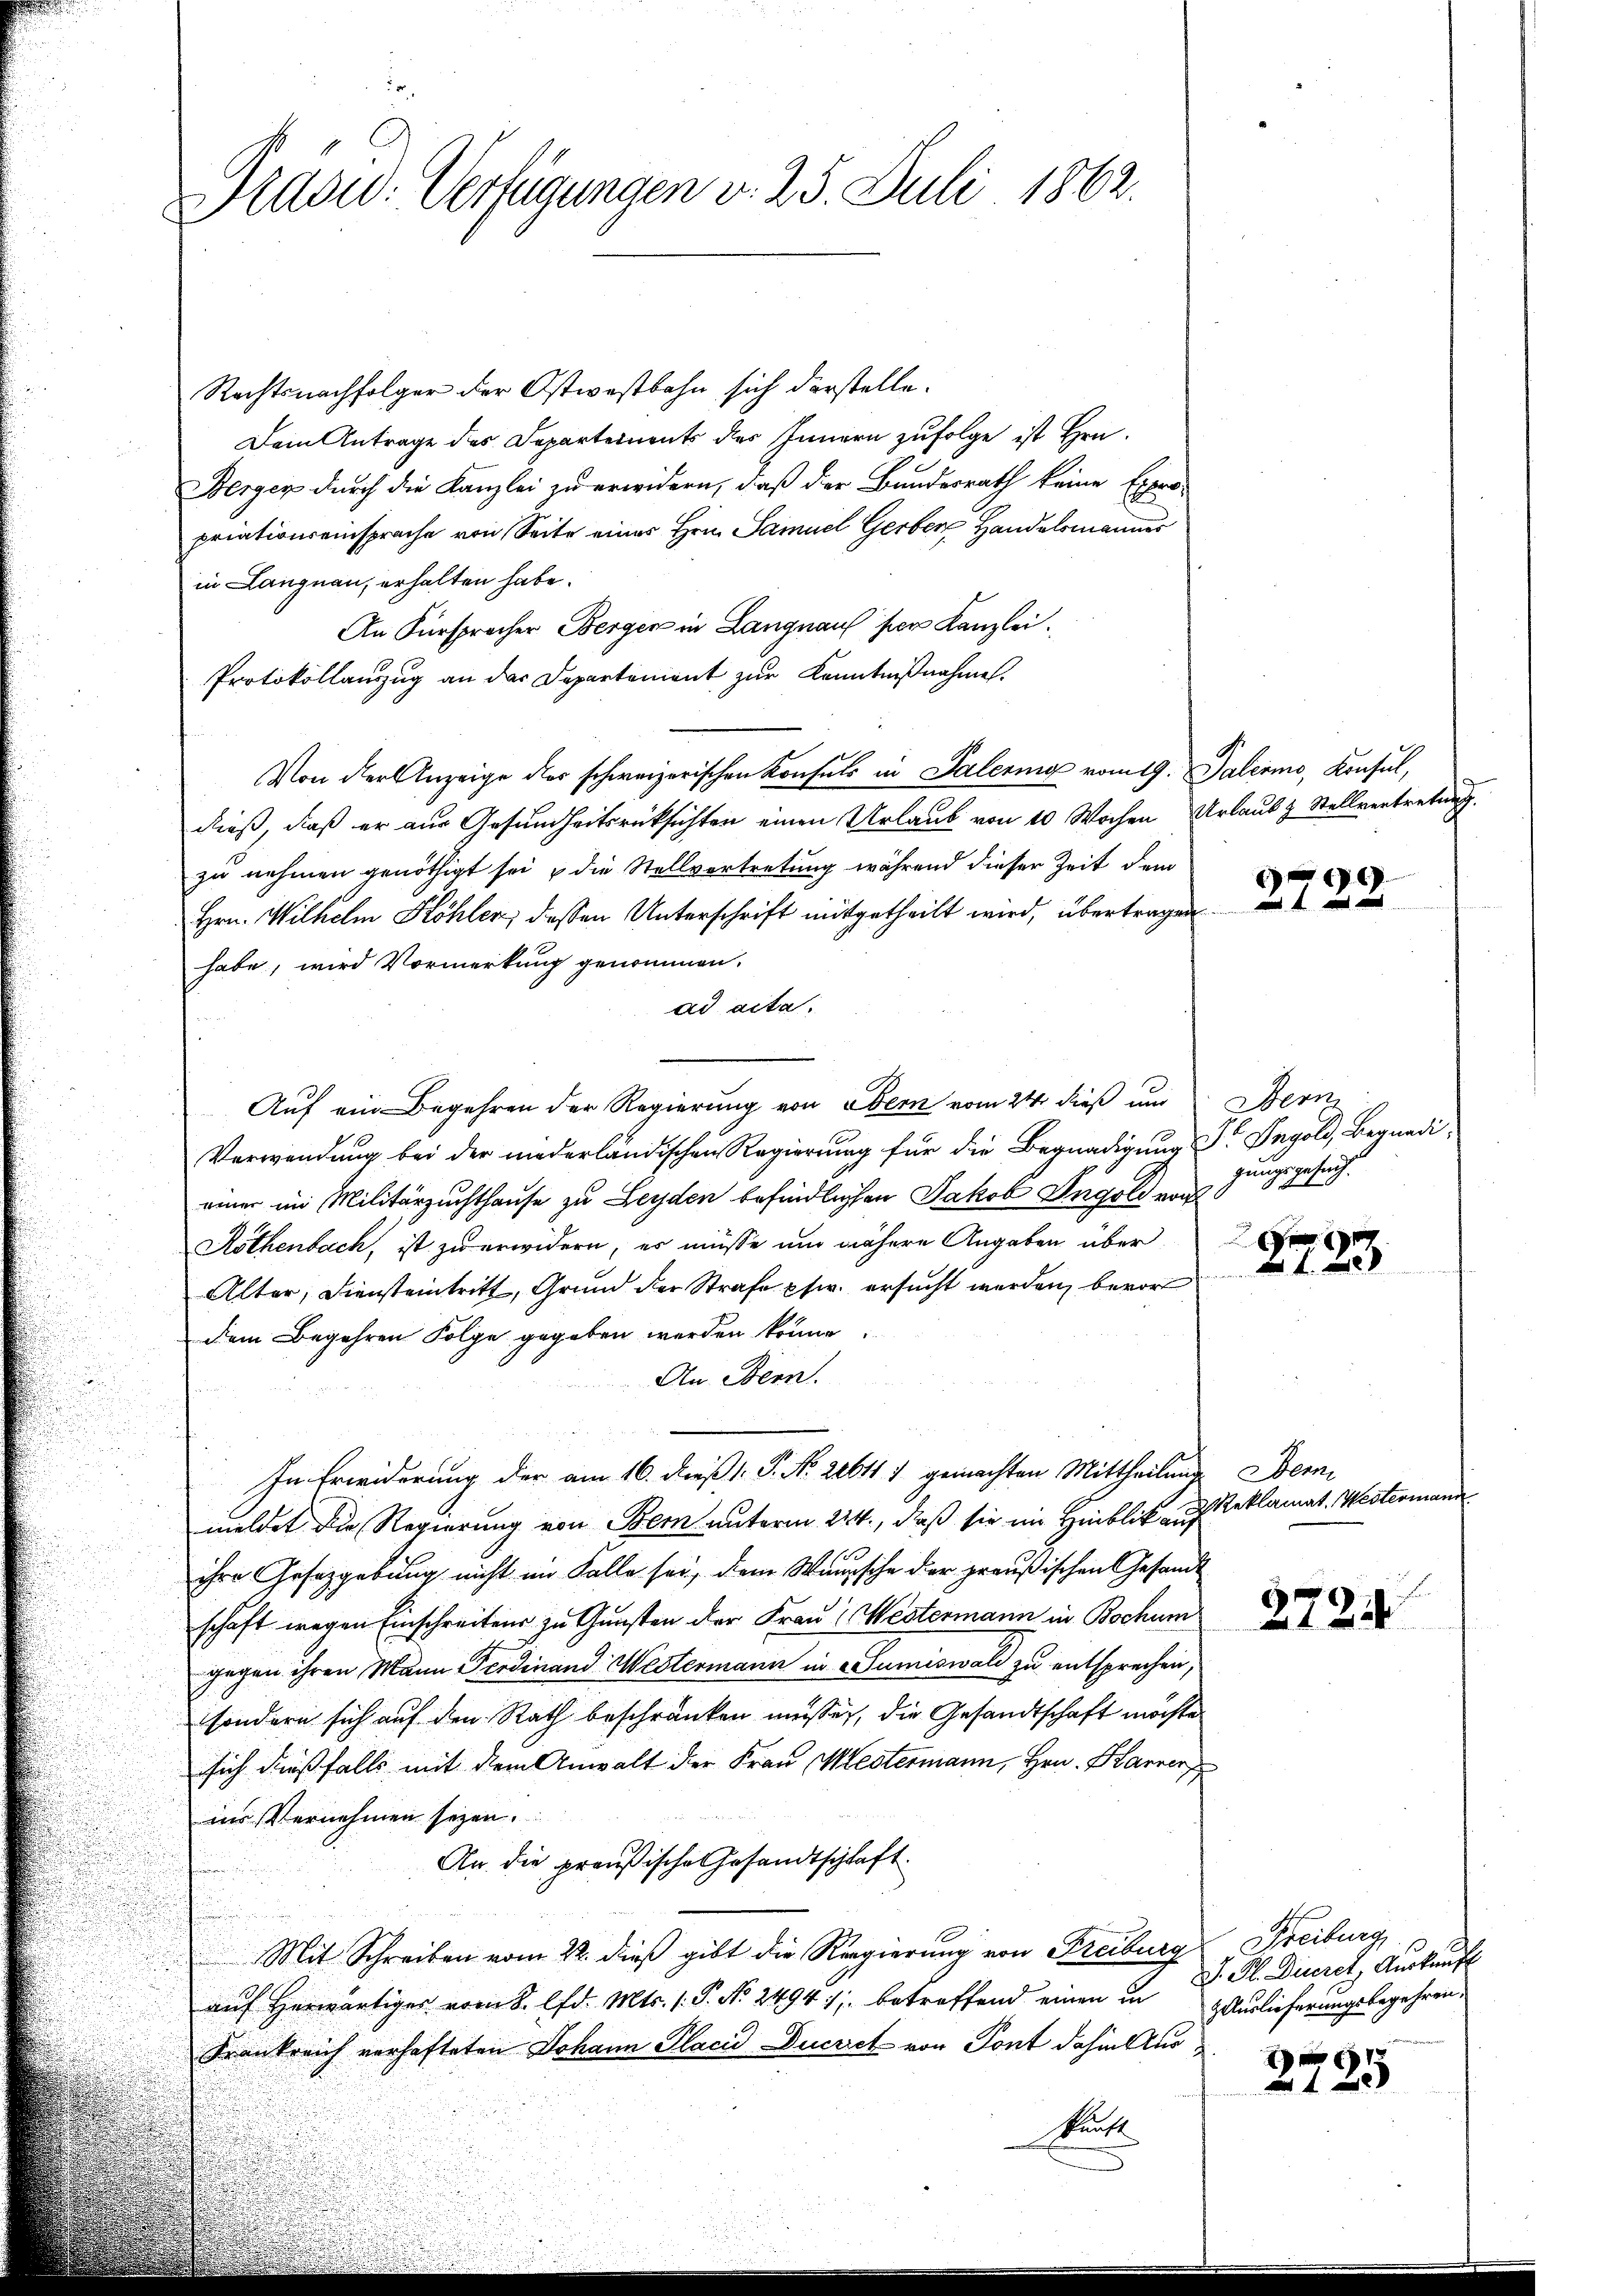
Präsid. Verfügungen v. 25. Juli 1862.

Rechtsnachfolger der Ostwestbahn sich darstelle.
Dem Antrage des Departements des Innern zufolge ist Hrn.
Berger durch die Kanzlei zu erwidern, daß der Bundesrath keine Expro-
priationseinsprache von Seite eines Hrn. Samuel Gerber Handelsmannes
in Langnau, erhalten habe.
An Fürspracher Berger in Langnaus der Kanzlei.
Protokollanzug an das Departement zur Kenntnißnahme.
Von der Anzeige der schweizerischen Konsuls in Palering vom 19. Palermo, Konsul,
dieß, daß er aus Gesundheitsrücksichten einen Urlaub von 10 Wochen Urlaub & Stellvertretung.
zu nehmen genöthigt sei & die Stellvertretung während dieser Zeit dem
Hrn. Wilhelm Köhler, dessen Unterschrift mitgetheilt wird, übertragen
habe, wird Vormerkung genommen.
ad acta.
Auf ein Begehren der Regierung von Bern vom 24. dieß um
Verwendung bei der niederländischen Regierung für die Begnadigung Dr. Ingold, Begnadieiner im Militärzuchthause zu Leyden befindlichen Jakob Ingold noch
Röthenbach, ist zwerwidern, es müsse und nähere Angaben über
Alter, Diensteintritt, Grund der Strafe pfw. ersucht werden, bevort
dem Begehren Folge gegeben werden könne.
An Bern.
e

In Erwiderung der am 16. dieß 1: P. No. 20611 7 gemachten Mittheilung Werni
meldet die Regierung von Bern unterm 224., daß sie im Hinblick aus
s
ihre Gesetzgebung nicht im Falle sei, den Wunsche der preußischen Gesandt
schaft wegen Einschreitens zu Gunsten der Frau Westermann in Bochum
gegen ihren Mann Ferdinand Westermann in Sumiswald zu entsprechen,
sondern sich auf den Rath beschränken müsse, die Gesandtschaft möchte
sich dießfalls mit dem Anwalt der Frau Mestermann, Hrn. Hanner
ins Vernehmen seyen.
An die preußische Gesandtschlaft
Mit Schreiben vom 22. dieß gibt die Regierung von Freiburg Freiburg,
auf herwärtiger vom 8. d. Mts. (: P. No. 24941; betreffend einen in
Frankreich verhafteten Johann PlacidDucrich von Pont dahin Aus¬
Kunst
m

1
at in e

Bern
gergehen.
gung

e
 28

Reklamat. Westermann

2724

d. M. Diurct, Auskauf
Holuslieferungsbegehren.

1 x
125